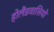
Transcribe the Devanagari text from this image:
होलैंडवासियो